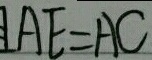
A E = A C